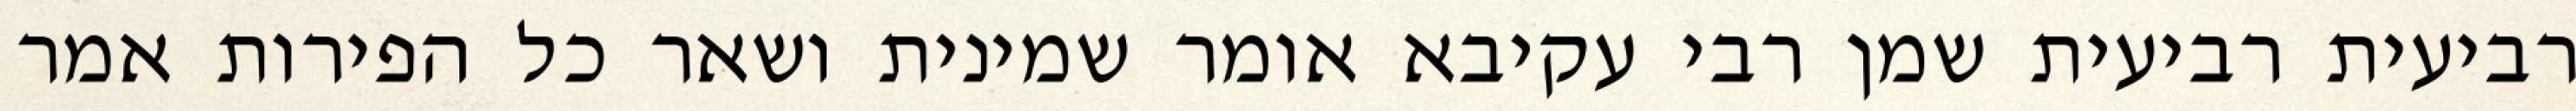
רביעית רביעית שמן רבי עקיבא אומר שמינית ושאר כל הפירות אמר